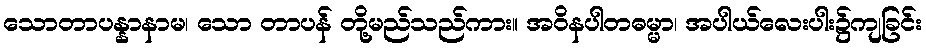
သောတာပန္နာနာမ၊ သော တာပန် တို့မည်သည်ကား။ အဝိနပါတဓမ္မာ၊ အပါယ်လေးပါး၌ကျခြင်း